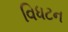
વિધટન